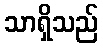
သာရှိသည်